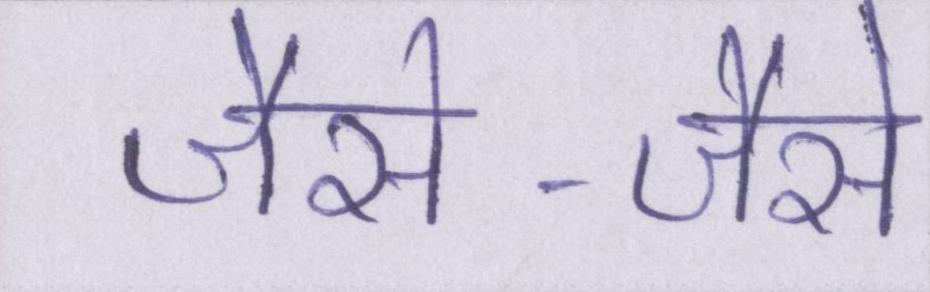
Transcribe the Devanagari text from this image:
जैसे-जैसे